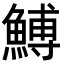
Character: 𩹲